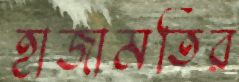
হাজামতির